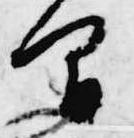
間